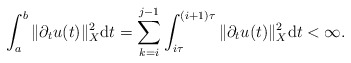
\begin{align*} \int_{a}^{b} \|\partial_{t} u(t)\|_{X}^{2} \mathrm{d}t = \sum_{k = i}^{j-1} \int_{i\tau}^{(i+1) \tau} \|\partial_{t} u(t)\|_{X}^{2} \mathrm{d}t < \infty. \end{align*}